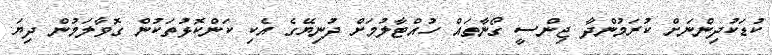
ކުޑަކުދިންނަށް ކުރަމުންދާ ޖިންސީ ގޯނާތައް ހުއްޓާލުމަށް ދުނިޔޭގެ އެކި ކަންކޮޅުތަކުން ގޮވާލަމުން ދިޔަ